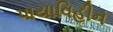
પાયાવિહીન